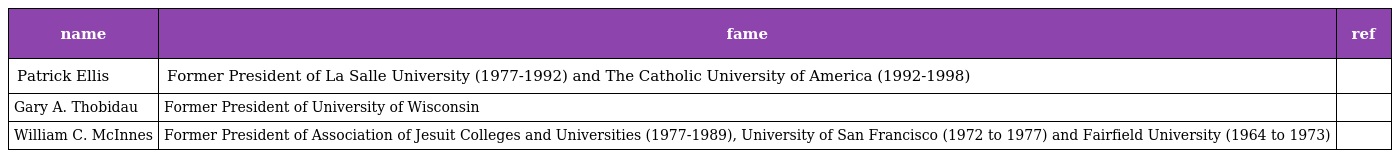
| name | fame | ref |
 | --- | --- | --- |
 | Patrick Ellis | Former President of La Salle University (1977-1992) and The Catholic University of America (1992-1998) |  |
 | Gary A. Thobidau | Former President of University of Wisconsin |  |
 | William C. McInnes | Former President of Association of Jesuit Colleges and Universities (1977-1989), University of San Francisco (1972 to 1977) and Fairfield University (1964 to 1973) |  |